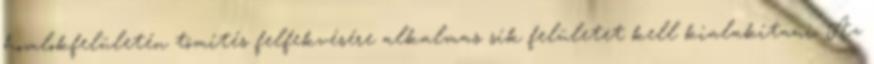
homlokfelületén tömítés felfekvésére alkalmas sík felületet kell kialakítani. Az